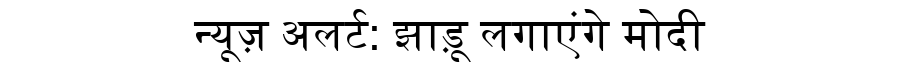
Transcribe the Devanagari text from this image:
न्यूज़ अलर्ट: झाड़ू लगाएंगे मोदी